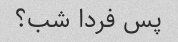
پس فردا شب؟